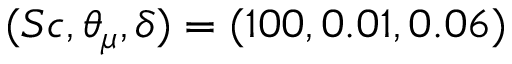
( S c , \theta _ { \mu } , \delta ) = ( 1 0 0 , 0 . 0 1 , 0 . 0 6 )